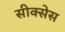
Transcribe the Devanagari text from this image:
सीक्सेस